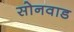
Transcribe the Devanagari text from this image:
सोनवाड